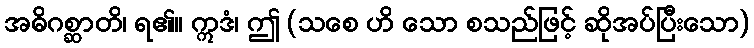
အဓိဂစ္ဆာတိ၊ ရ၏။ ဣဒံ၊ ဤ (သစေ ဟိ သော စသည်ဖြင့် ဆိုအပ်ပြီးသော)